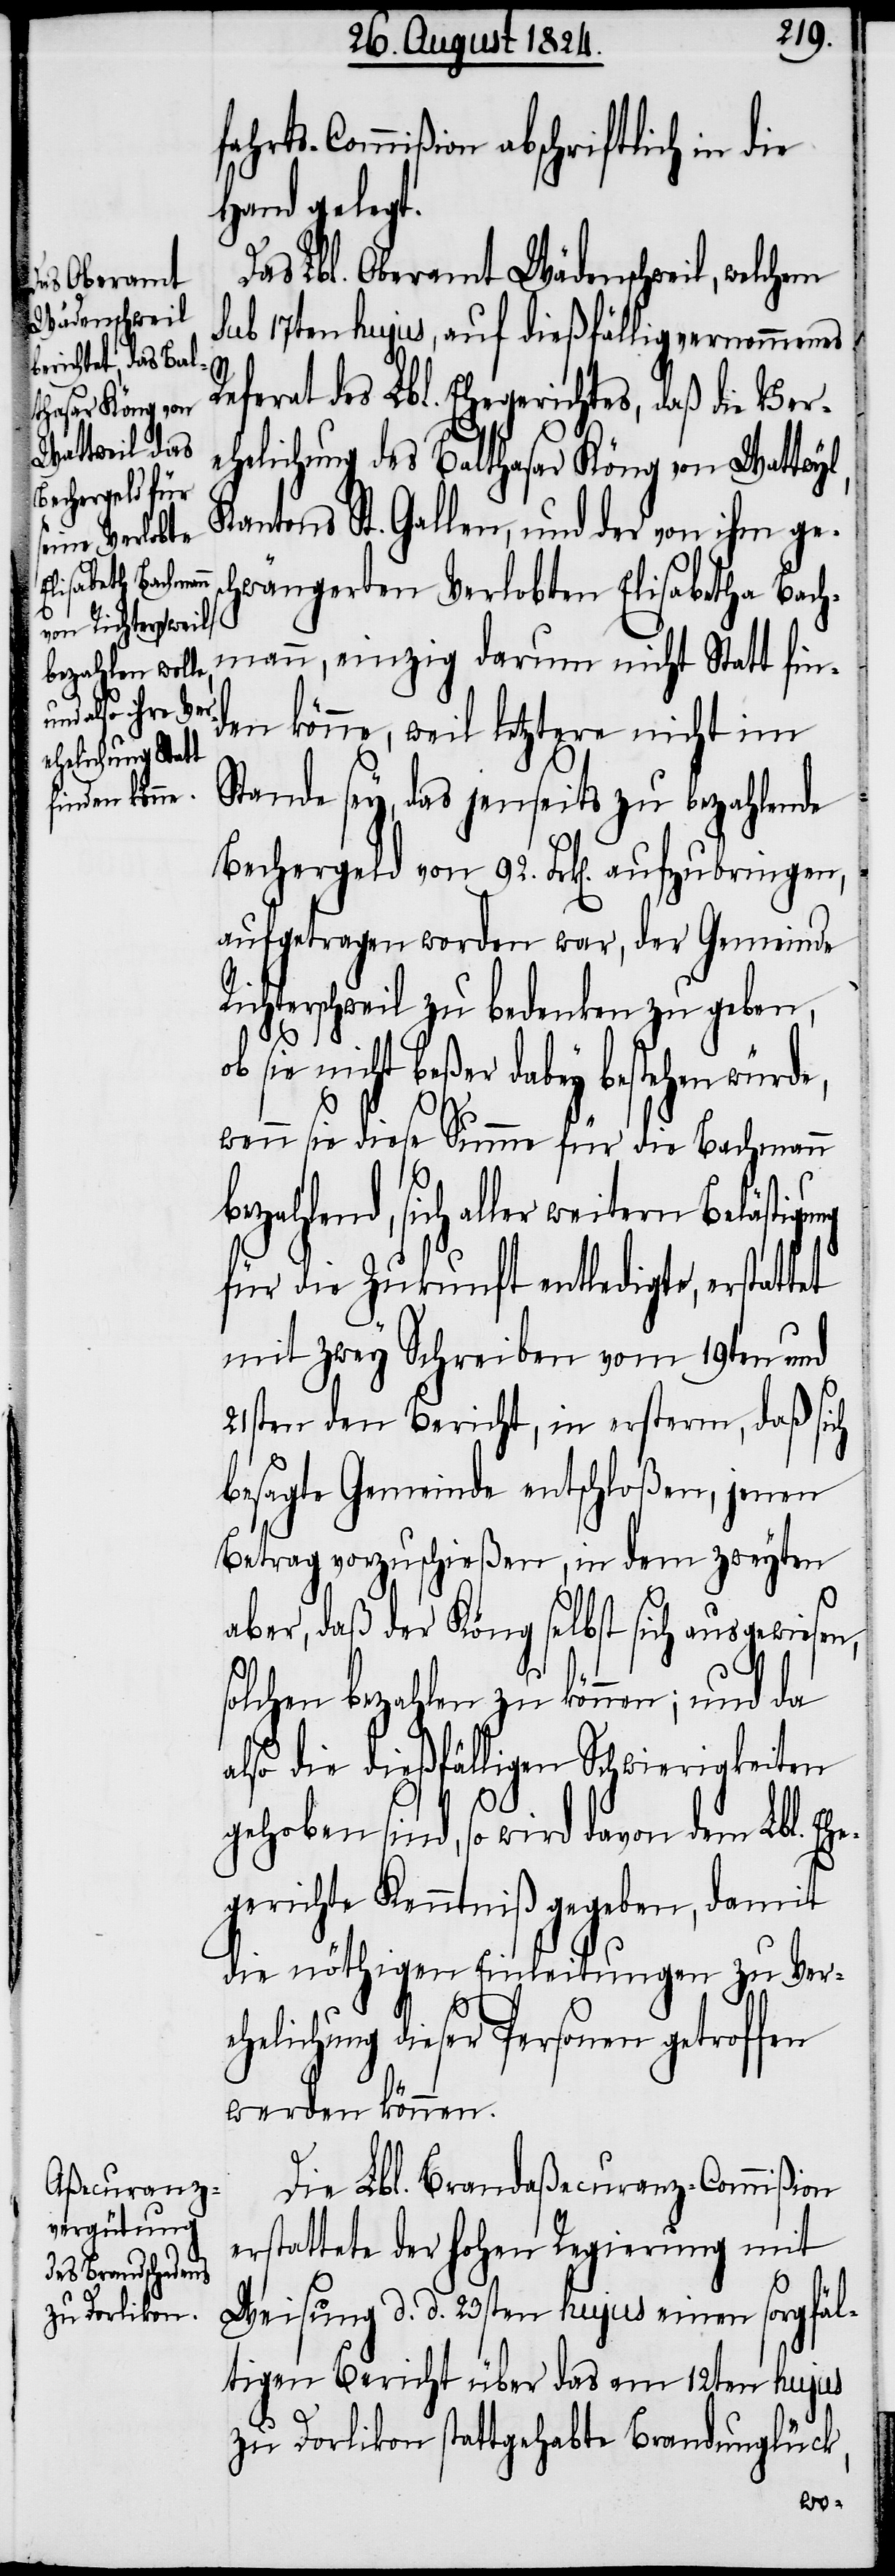
fahrts-Commißion abschriftlich in die
Hand gelegt.
Das Lbl. Oberamt Wädenschweil, welchem
sub 17ten hujus, auf dießfällig vernommenes
Referat des Lbl. Ehegerichtes, daß die Ver¬
ehelichung des Balthasar Köng von Wattwyl,
Kantons St. Gallen, und der von ihm ge¬
schwängerten Verlobten Elisabetha Bach¬
mann, einzig darum nicht Statt fin¬
den könne, weil letztere nicht im
Stande sey, das jenseits zu bezahlende
Bechergeld von 92. Frk[en]. aufzubringen,
aufgetragen worden war, der Gemeinde
Richterschweil zu bedenken zu geben,
sie nicht beßer dabey bestehen würde,
wenn sie diese Summe für die Bachmann
bezahlend, sich aller weitern Belästigung
für die Zukunft entledigte, erstattet
mit zwey Schreiben vom 19ten und
21sten den Bericht, in ersterm, daß sich
besagte Gemeinde entschloßen, jenen
Betrag vorzuschießen, in dem zweyten
aber, daß der Köng selbst sich ausgewiesen,
solchen bezahlen zu können; und da
also die dießfälligen Schwierigkeiten
gehoben sind, so wird davon dem Lbl. Ehe¬
gerichte Kenntniß gegeben, damit
die nöthigen Einleitungen zu Vere¬
helichung dieser Personen getroffen
werden können.
Die Lbl. Brandaßecuranz-Commißion
erstattete der hohen Regierung mit
Weisung d. d. 23sten hujus einen sorgfäl¬
tigen Bericht über das am 12ten hujus
zu Dorlikon stattgehabte Brandunglück,